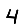
Digit: 4